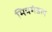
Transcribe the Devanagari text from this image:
मित्रमंडल